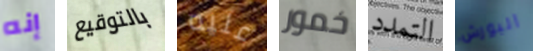
إنه بالتوقيع عليه خمور التمدد البورش